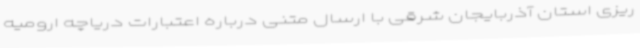
ریزی استان آذربایجان شرقی با ارسال متنی درباره اعتبارات دریاچه ارومیه